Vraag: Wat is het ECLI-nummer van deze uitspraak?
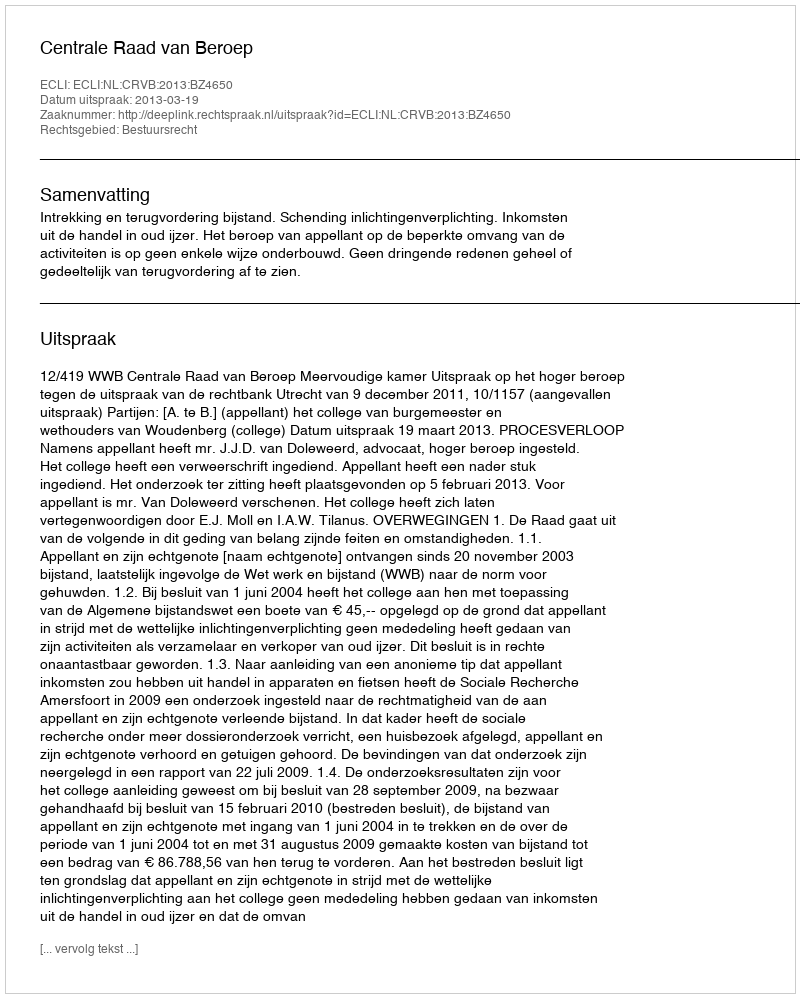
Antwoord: ECLI:NL:CRVB:2013:BZ4650